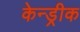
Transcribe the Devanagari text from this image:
केन्ड्रीक